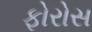
ફોરોસ